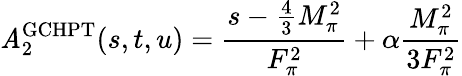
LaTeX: \mathit{A}_{2}^{\mathrm{{GCHPT}}}(s,t,u)=\frac{{s-\frac{{4}}{{3}}M_{\pi}^{2}}}{{F_{\pi}^{2}}}+\alpha\frac{{M_{\pi}^{2}}}{{3F_{\pi}^{2}}}